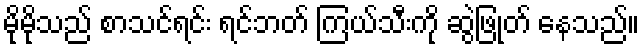
မိုမိုသည် စာသင်ရင်း ရင်ဘတ် ကြယ်သီးကို ဆွဲဖြုတ် နေသည်။